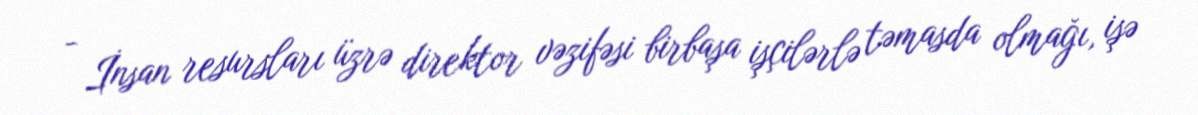
- İnsan resursları üzrə direktor vəzifəsi birbaşa işçilərlə təmasda olmağı, işə